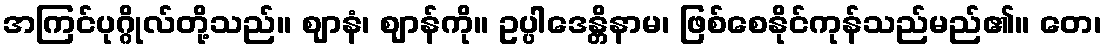
အကြင်ပုဂ္ဂိုလ်တို့သည်။ ဈာနံ၊ ဈာန်ကို။ ဥပ္ပါဒေန္တိနာမ၊ ဖြစ်စေနိုင်ကုန်သည်မည်၏။ တေ၊